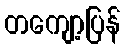
တကျော့ပြန်